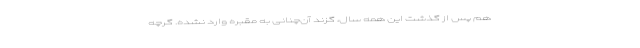
هم پس از گذشت این همه سال، گزند آن‌چنانی به مقبره وارد نشده. گرچه